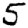
Digit: 5